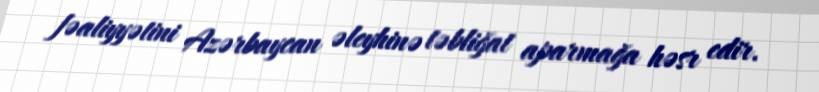
fəaliyyətini Azərbaycan əleyhinə təbliğat aparmağa həsr edir.